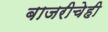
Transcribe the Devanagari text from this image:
बाजरीचेही